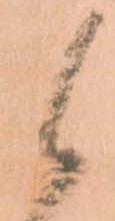
候